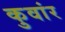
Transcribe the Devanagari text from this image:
कुवांर